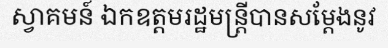
ស្វាគមន៍ ឯកឧត្តមរដ្ឋមន្ត្រីបានសម្តែងនូវ